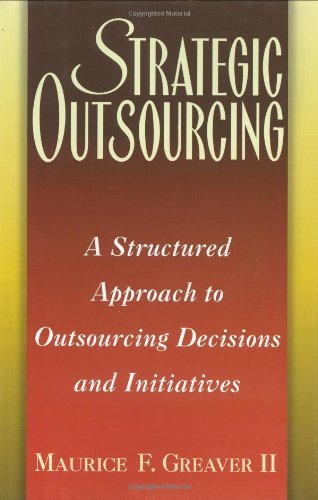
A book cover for By Maurice F. Greaver - Strategic Outsourcing: A Structured Approach to Outsourcing Decisions and Initiatives: 1st (first) Edition; Maurice F. Greaver II; Business & Money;